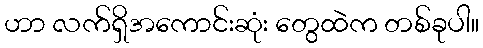
ဟာ လက်ရှိအကောင်းဆုံး တွေထဲက တစ်ခုပါ။